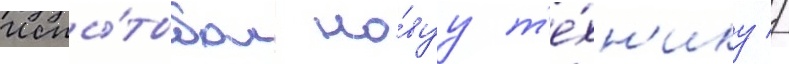
Испы́тывал но́вуу т'е́хн'ику //